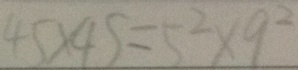
4 5 \times 4 5 = 5 ^ { 2 } \times 9 ^ { 2 }